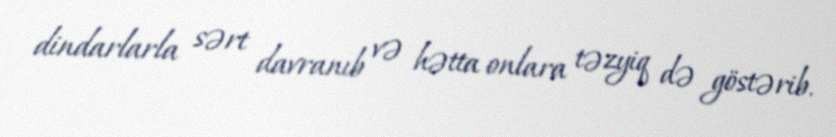
dindarlarla sərt davranıb və hətta onlara təzyiq də göstərib.